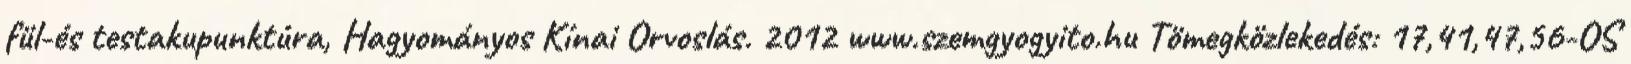
fül-és testakupunktúra, Hagyományos Kínai Orvoslás. 2012 www.szemgyogyito.hu Tömegközlekedés: 17,41,47,56-OS